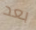
بعد